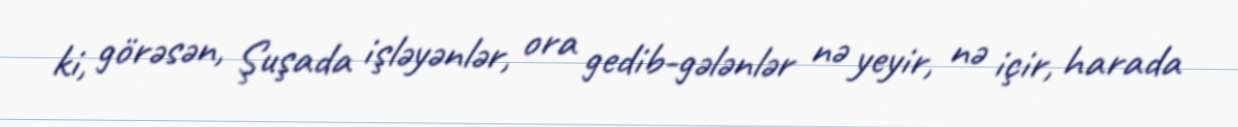
ki, görəsən, Şuşada işləyənlər, ora gedib-gələnlər nə yeyir, nə içir, harada